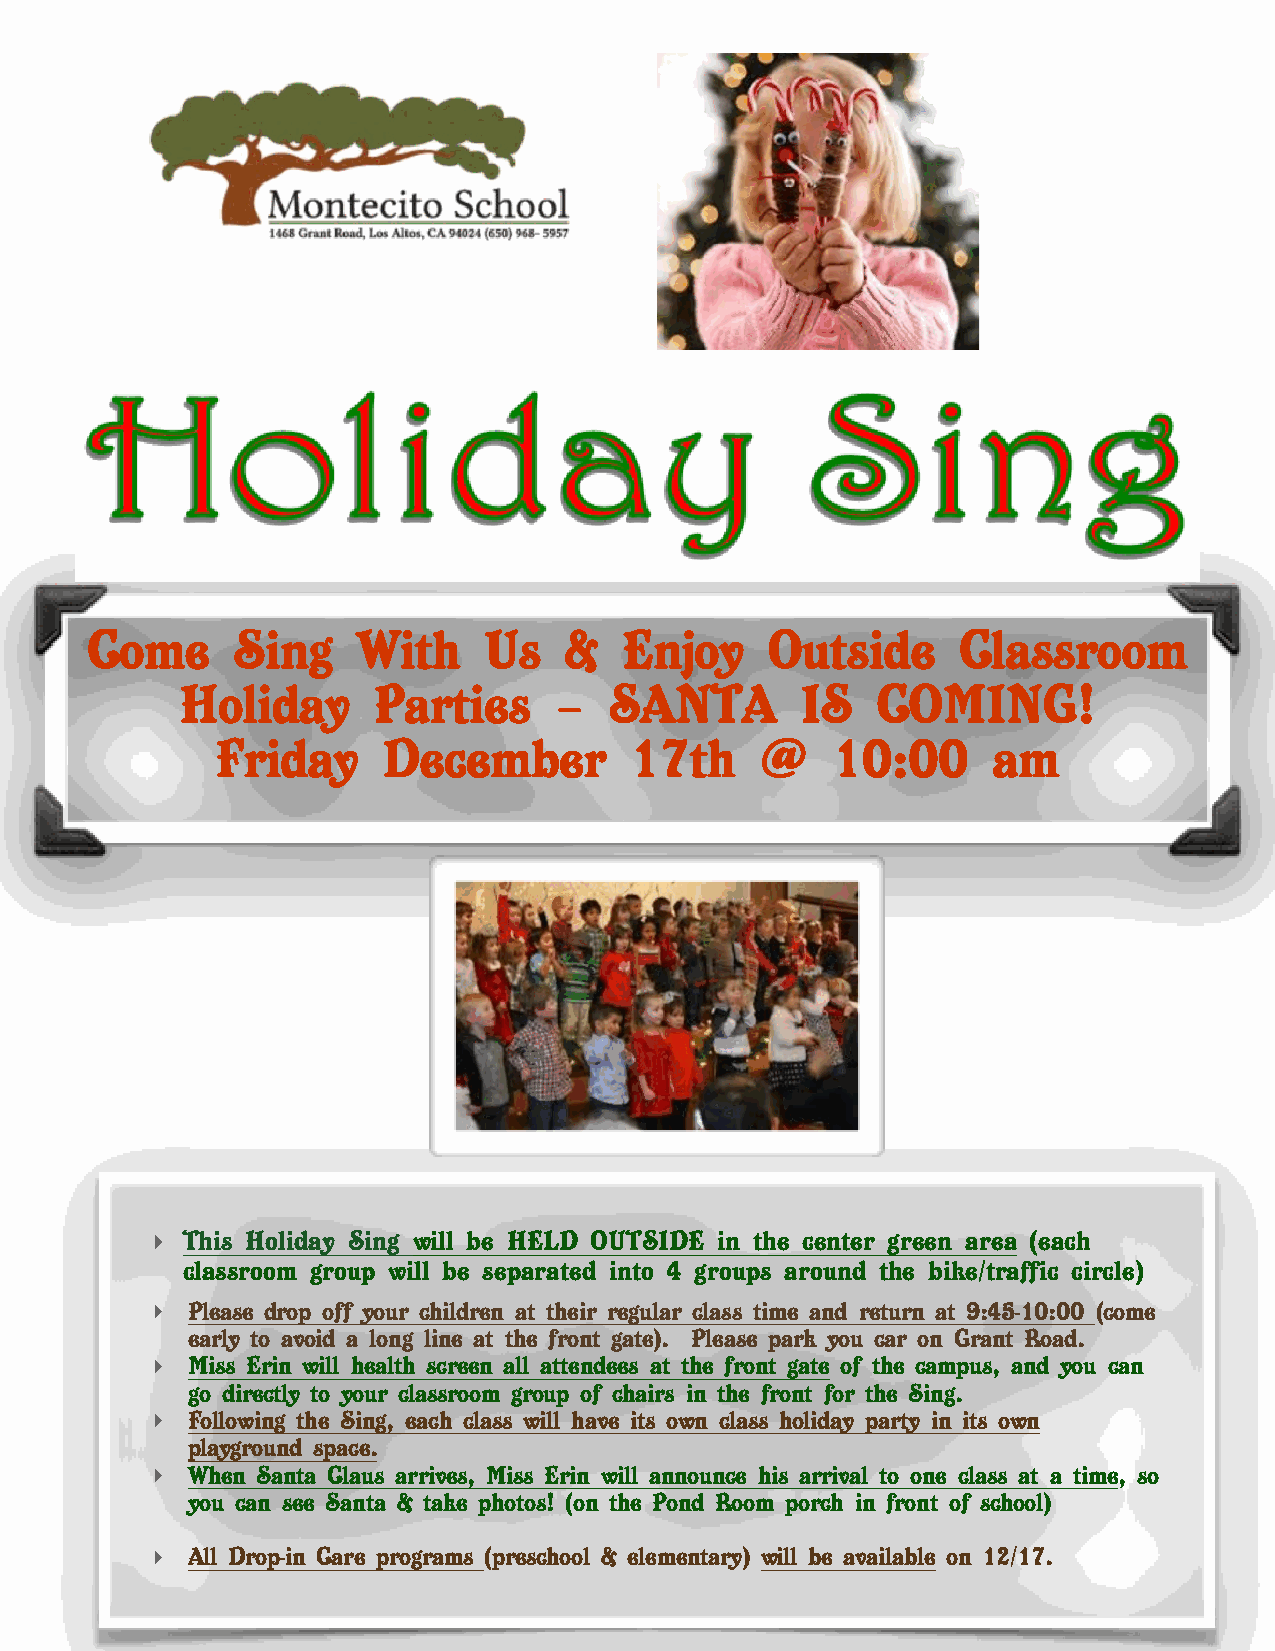
Come     Sing     With    Us   &   Enjoy     Outside     Classroom
 Holiday      Parties     —  SANTA        IS   COMING!
 Friday     December         17th    @    10:00      am
 ‣ This Holiday Sing will be HELD OUTSIDE in the center green area (each
 classroom group will be separated into 4 groups around the bike/traffic circle)
 ‣ Please drop off your children at their regular class time and return at 9:45-10:00 (come
 early to avoid a long line at the front gate). Please park you car on Grant Road.
 ‣ Miss Erin will health screen all attendees at the front gate of the campus, and you can
 go directly to your classroom group of chairs in the front for the Sing.
 ‣ Following the Sing, each class will have its own class holiday party in its own
 playground space.
 ‣ When Santa Claus arrives, Miss Erin will announce his arrival to one class at a time, so
 you can see Santa & take photos! (on the Pond Room porch in front of school)
 ‣ All Drop-in Care programs (preschool & elementary) will be available on 12/17.